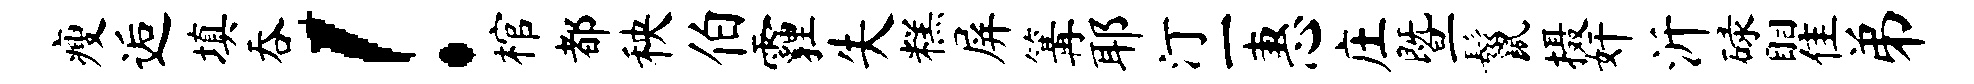
瘦逅填吞！棺都秧伯霾失糕屏篝耶汀一惠庄暨鬣摄奸沂碌瞿弟